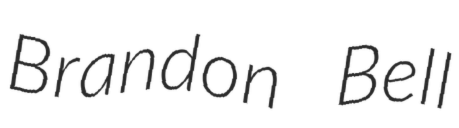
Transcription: Brandon Bell